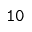
\mathtt { 1 0 }